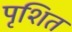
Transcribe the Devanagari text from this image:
पृशित